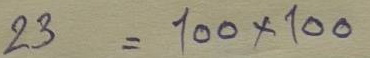
23 = 100 x 100